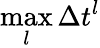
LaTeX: \operatorname*{max}_{l}\Delta t^{l}